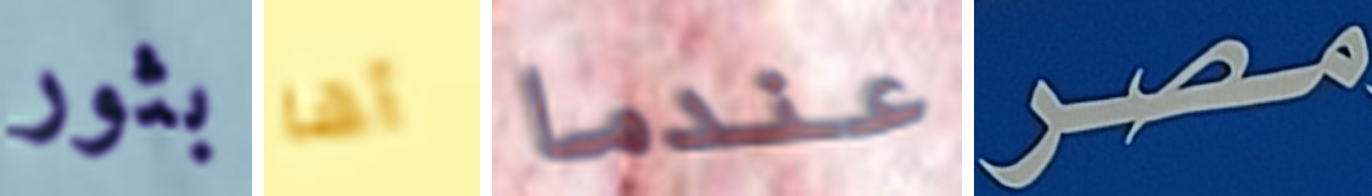
بثور أها عندما مصر